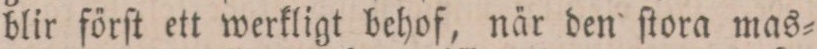
blir förſt ett werkligt behof, när den ſtora mas=